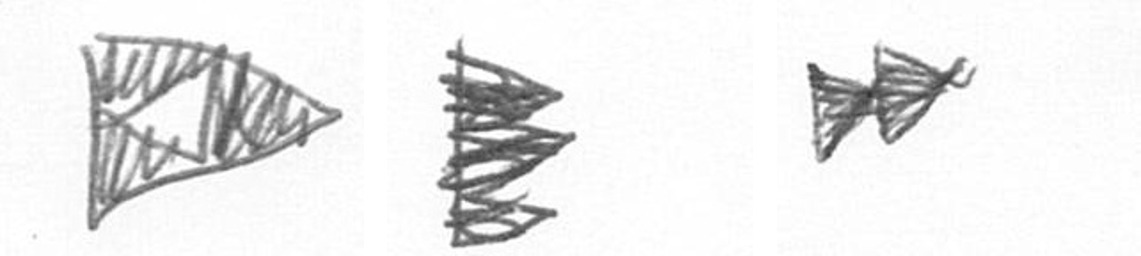
K H A